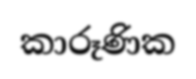
කාරූණික